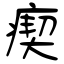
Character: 瘈